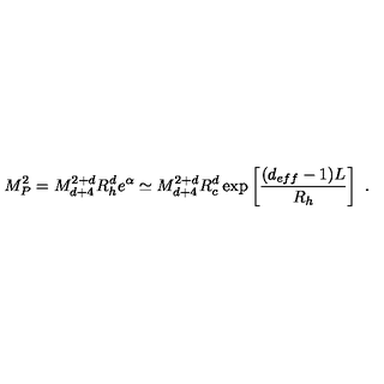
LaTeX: M _ { P } ^ { 2 } = M _ { d + 4 } ^ { 2 + d } R _ { h } ^ { d } e ^ { \alpha } \simeq M _ { d + 4 } ^ { 2 + d } R _ { c } ^ { d } \exp \left[ \frac { ( d _ { e f f } - 1 ) L } { R _ { h } } \right] \ .